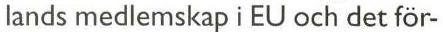
lands medlemskap i EU och det för-